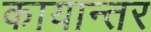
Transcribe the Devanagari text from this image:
कायान्तर